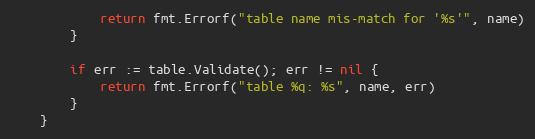
Language: Go
			return fmt.Errorf("table name mis-match for '%s'", name)
		}

		if err := table.Validate(); err != nil {
			return fmt.Errorf("table %q: %s", name, err)
		}
	}